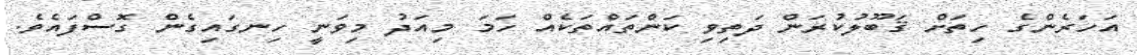
އަހަރެންގެ ހިތަށް ޤަބޫލުކުރަން ދަތިވި ކަންތައްތަކެއް ހަމަ މިއަދު މިވަނީ ހިނގައިގެން ގޮސްފައެވެ.